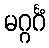
မဂ္ဂင်္ဂံ